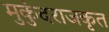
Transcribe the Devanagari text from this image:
मुकुंदराजकृत